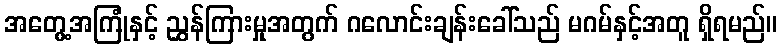
အတွေ့အကြုံနှင့် ညွှန်ကြားမှုအတွက် ဂလောင်းချန်းခေါ်သည် မဂမ်နှင့်အတူ ရှိရမည်။